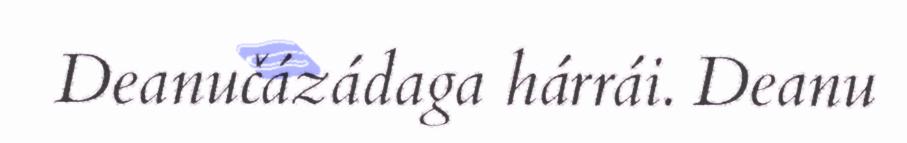
Deanučázádaga hárrái. Deanu